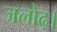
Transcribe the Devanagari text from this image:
जलोढ़।